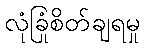
လုံခြုံစိတ်ချရမှု